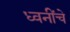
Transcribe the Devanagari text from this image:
ध्वनींचे